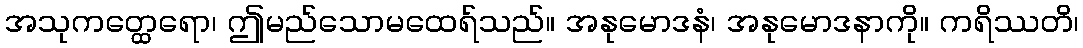
အသုကတ္ထေရော၊ ဤမည်သောမထေရ်သည်။ အနုမောဒနံ၊ အနုမောဒနာကို။ ကရိဿတိ၊